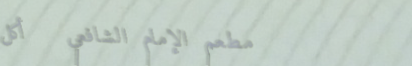
مطعم الإمام الشافعي   أكل